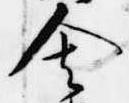
舎